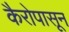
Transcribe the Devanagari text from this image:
कैरोपासून